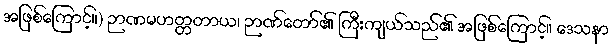
အဖြစ်ကြောင့်။) ဉာဏမဟတ္တတာယ၊ ဉာဏ်တော်၏ ကြီးကျယ်သည်၏ အဖြစ်ကြောင့်။ ဒေသနာ